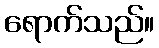
ရောက်သည်။